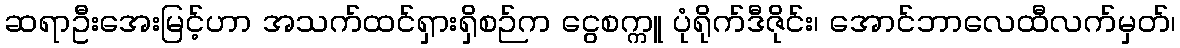
ဆရာဦးအေးမြင့်ဟာ အသက်ထင်ရှားရှိစဉ်က ငွေစက္ကူ ပုံရိုက်ဒီဇိုင်း၊ အောင်ဘာလေထီလက်မှတ်၊